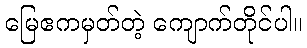
မြေဧကမှတ်တဲ့ ကျောက်တိုင်ပါ။